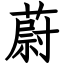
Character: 蔚